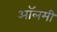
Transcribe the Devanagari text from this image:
ऑलमी